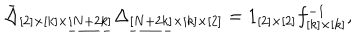
\bar { \Delta } _ { [ 2 ] \times [ k ] \times \underline { { { [ N + 2 k ] } } } } \Delta _ { \underline { { { [ N + 2 k ] } } } \times [ k ] \times [ 2 ] } = 1 _ { [ 2 ] \times [ 2 ] } f _ { [ k ] \times [ k ] } ^ { - 1 } ,